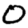
Digit: 0